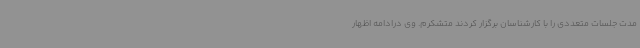
مدت جلسات متعددی را با کارشناسان برگزار کردند متشکرم. وی درادامه اظهار